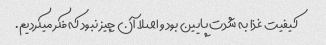
کیفیت غذا به شدت پایین بود و اصلا آن چیز نبود که فکر میکردیم.